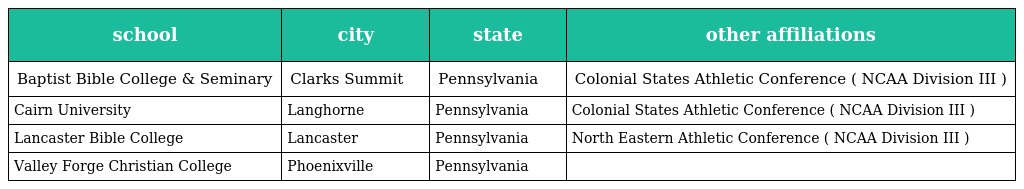
| school | city | state | other affiliations |
 | --- | --- | --- | --- |
 | Baptist Bible College & Seminary | Clarks Summit | Pennsylvania | Colonial States Athletic Conference ( NCAA Division III ) |
 | Cairn University | Langhorne | Pennsylvania | Colonial States Athletic Conference ( NCAA Division III ) |
 | Lancaster Bible College | Lancaster | Pennsylvania | North Eastern Athletic Conference ( NCAA Division III ) |
 | Valley Forge Christian College | Phoenixville | Pennsylvania |  |